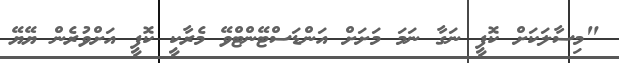
"މިސާލަކަށް ކޮފީ ނަގާ ނަމަ މަށަށް އަންޑަސްޓޭންޓްވޭ މެރާކީ ކޮފީ އަށްވުރެން ޔޭޔޭ